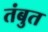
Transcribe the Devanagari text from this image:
तंबुत